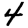
Digit: 4